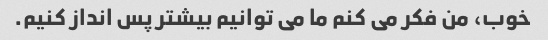
خوب، من فکر می کنم ما می توانیم بیشتر پس انداز کنیم.